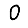
Digit: 0